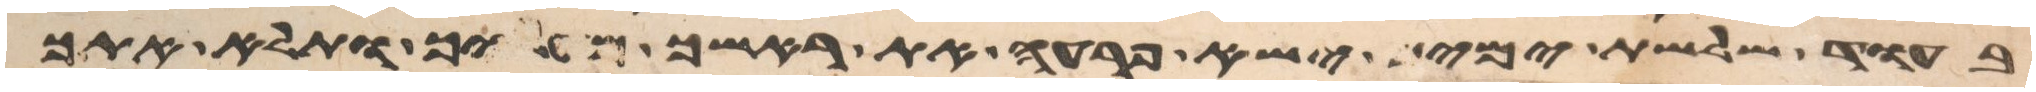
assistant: בעוד שלשת ימים ישא פרעה את ראשך מעליך ותלא אתך